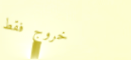
خروج فقط